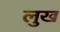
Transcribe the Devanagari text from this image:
लुख